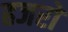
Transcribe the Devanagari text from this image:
हजरों